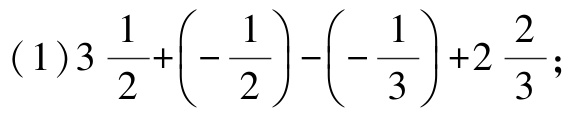
\((1)3\frac{1}{2}+\left(-\frac{1}{2}\right)-\left(-\frac{1}{3}\right)+2\frac{2}{3};\)